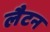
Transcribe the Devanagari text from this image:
लैटन